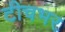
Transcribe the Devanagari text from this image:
टीचभर